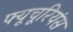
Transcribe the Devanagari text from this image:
फ्यूचूरियंस